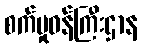
စက်မှုဝန်ကြီးဌာန